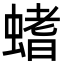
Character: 螧